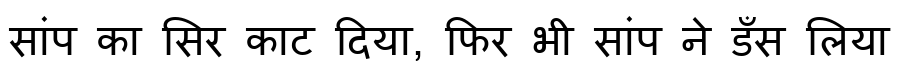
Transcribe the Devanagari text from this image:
सांप का सिर काट दिया, फिर भी सांप ने डँस लिया